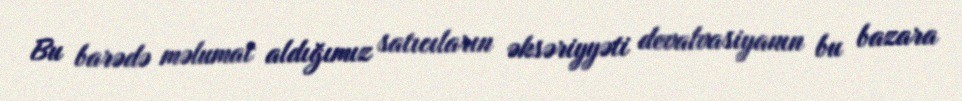
Bu barədə məlumat aldığımız satıcıların əksəriyyəti devalvasiyanın bu bazara